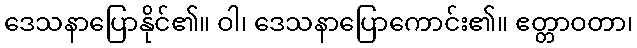
ဒေသနာပြောနိုင်၏။ ဝါ၊ ဒေသနာပြောကောင်း၏။ ဧတ္တာဝတာ၊